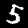
Digit: 5